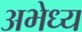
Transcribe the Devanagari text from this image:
अभेध्य